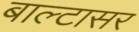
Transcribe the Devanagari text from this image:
बाल्टासर